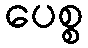
ပေစ္စ